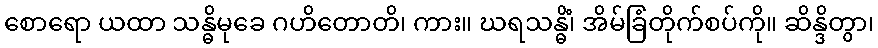
စောရော ယထာ သန္ဓိမုခေ ဂဟိတောတိ၊ ကား။ ဃရသန္ဓိံ၊ အိမ်ခြံတိုက်စပ်ကို။ ဆိန္ဒိတွာ၊